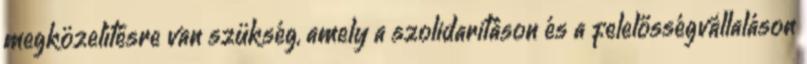
megközelítésre van szükség, amely a szolidaritáson és a felelősségvállaláson